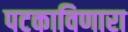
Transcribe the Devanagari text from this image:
पटकाविणारा